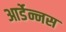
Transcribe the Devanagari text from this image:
आर्डेन्नस